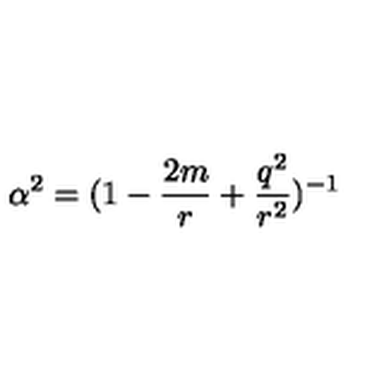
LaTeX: \alpha ^ { 2 } = ( 1 - \frac { 2 m } { r } + \frac { q ^ { 2 } } { r ^ { 2 } } ) ^ { - 1 }